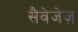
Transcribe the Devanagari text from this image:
सैवेजेज़